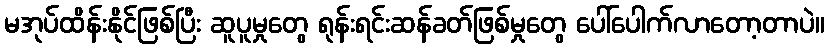
မအုပ်ထိန်းနိုင်ဖြစ်ပြီး ဆူပူမှုတွေ ရုန်းရင်းဆန်ခတ်ဖြစ်မှုတွေ ပေါ်ပေါက်လာတော့တာပဲ။